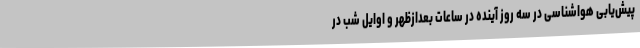
پیش‌یابی هواشناسی در سه روز آینده در ساعات بعدازظهر و اوایل شب در